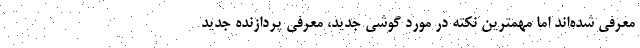
معرفی شده‌اند اما مهمترین نکته در مورد گوشی جدید، معرفی پردازنده جدید